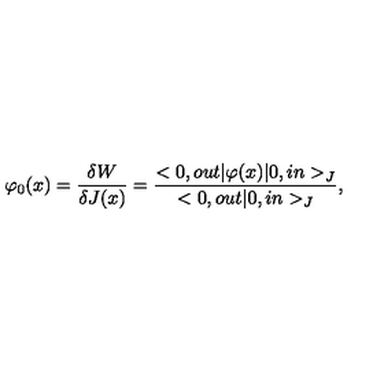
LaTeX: \varphi _ { 0 } ( x ) = \frac { \delta W } { \delta J ( x ) } = \frac { < 0 , o u t | \varphi ( x ) | 0 , i n > _ { J } } { < 0 , o u t | 0 , i n > _ { J } } ,